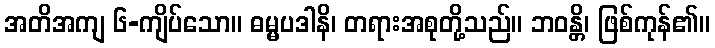
အတိအကျ ၆-ကျိပ်သော။ ဓမ္မပဒါနိ၊ တရားအစုတို့သည်။ ဘဝန္တိ၊ ဖြစ်ကုန်၏။